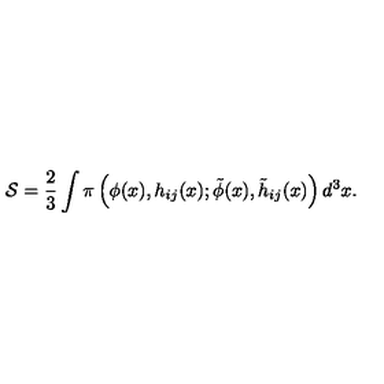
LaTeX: { \mathcal { S } } = \frac { 2 } { 3 } \int \pi \left( \phi ( x ) , h _ { i j } ( x ) ; \tilde { \phi } ( x ) , \tilde { h } _ { i j } ( x ) \right) d ^ { 3 } x .